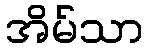
အိမ်သာ